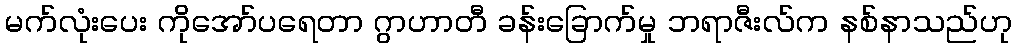
မက်လုံးပေး ကိုအော်ပရေတာ ဂွာဟာတီ ခန်းခြောက်မှု ဘရာဇီးလ်က နစ်နာသည်ဟု